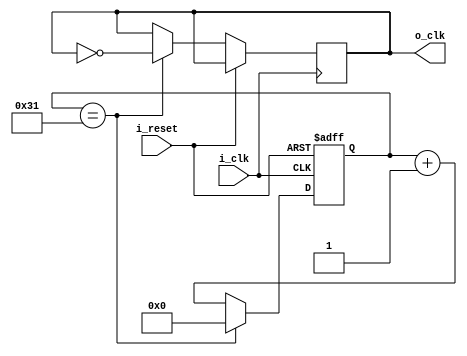
`timescale 1ns / 1ps
//////////////////////////////////////////////////////////////////////////////////
// Company: 
// Engineer: 
// 
// Design Name: 
// Module Name: clock_divider
// Project Name: 
// Target Devices: 
// Tool Versions: 
// Description: 
// 
// Dependencies: 
// 
// Revision:
// Revision 0.01 - File Created
// Additional Comments:
// 
//////////////////////////////////////////////////////////////////////////////////


module clock_divider(
    input i_clk, i_reset,
    output o_clk
    );

    reg [5:0] r_counter = 0;
    reg r_clk = 0;
    assign o_clk = r_clk;

    always @(posedge i_clk or posedge i_reset) begin
        if(i_reset) begin
            r_counter <= 0;
        end
        else begin
            if(r_counter == 49) begin
                r_counter <= 0;
                r_clk <= ~r_clk;
            end
            else r_counter <= r_counter + 1;
        end
    end
endmodule